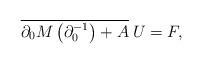
LaTeX: \begin{align*}\overline{\partial_{0}M\left(\partial_{0}^{-1}\right)+A}\:U=F,\end{align*}